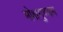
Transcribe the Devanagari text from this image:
मोक्षगुण्डम